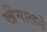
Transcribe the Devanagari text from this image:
खँगालने